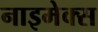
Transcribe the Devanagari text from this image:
नाइमेक्स